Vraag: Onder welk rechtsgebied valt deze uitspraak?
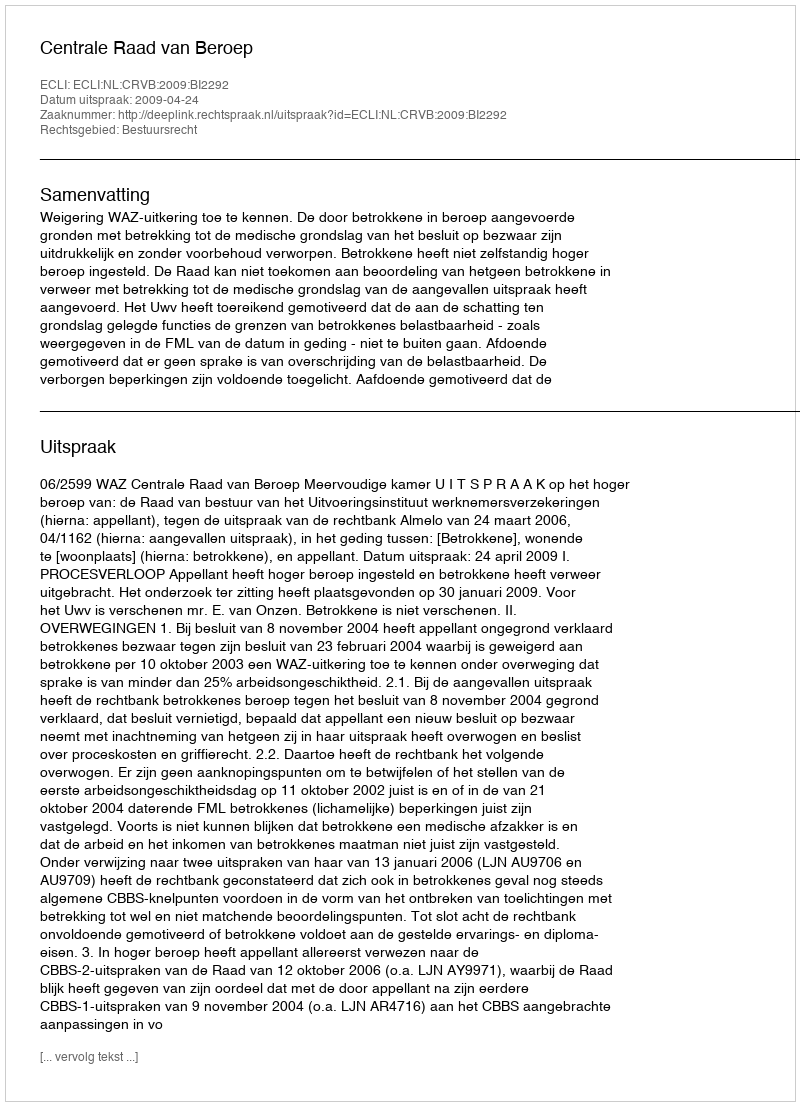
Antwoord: Bestuursrecht